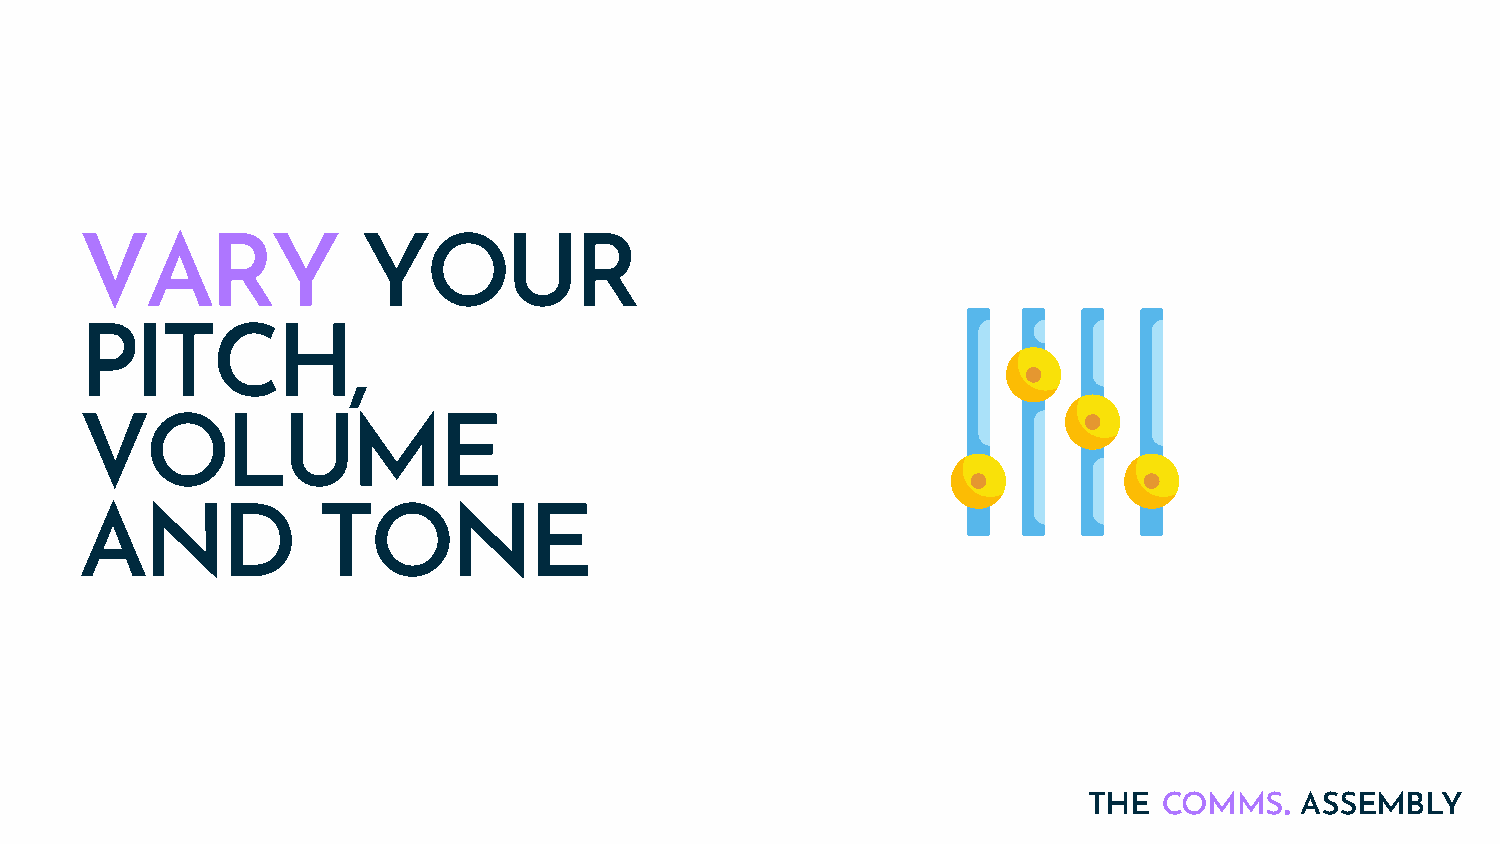
VARY               YOUR
 PITCH,
 VOLUME
 AND             TONE